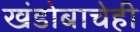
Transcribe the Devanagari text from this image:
खंडोबाचेही